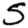
Digit: 5